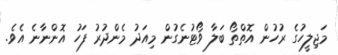
މަޖިލީހުގެ ރުހުން އޮތްތޯ ބަލާ ވޯޓުނެގުން މިއަދު މެންދުރު ފަހު އޮންނާނެ އެވެ.